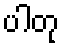
ပါတု